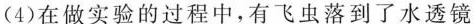
(4)在做实验的过程中，有飞虫落到了水透镜